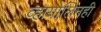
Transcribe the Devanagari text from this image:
व्हायोलिनही